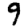
Digit: 9